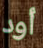
أود